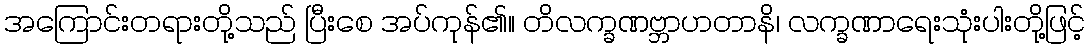
အကြောင်းတရားတို့သည် ပြီးစေ အပ်ကုန်၏။ တိလက္ခဏဗ္ဘာဟတာနိ၊ လက္ခဏာရေးသုံးပါးတို့ဖြင့်